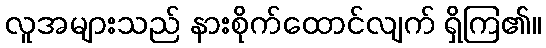
လူအများသည် နားစိုက်ထောင်လျက် ရှိကြ၏။